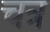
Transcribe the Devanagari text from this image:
चत्र